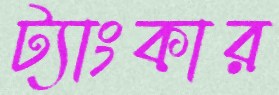
ট্যাংকার